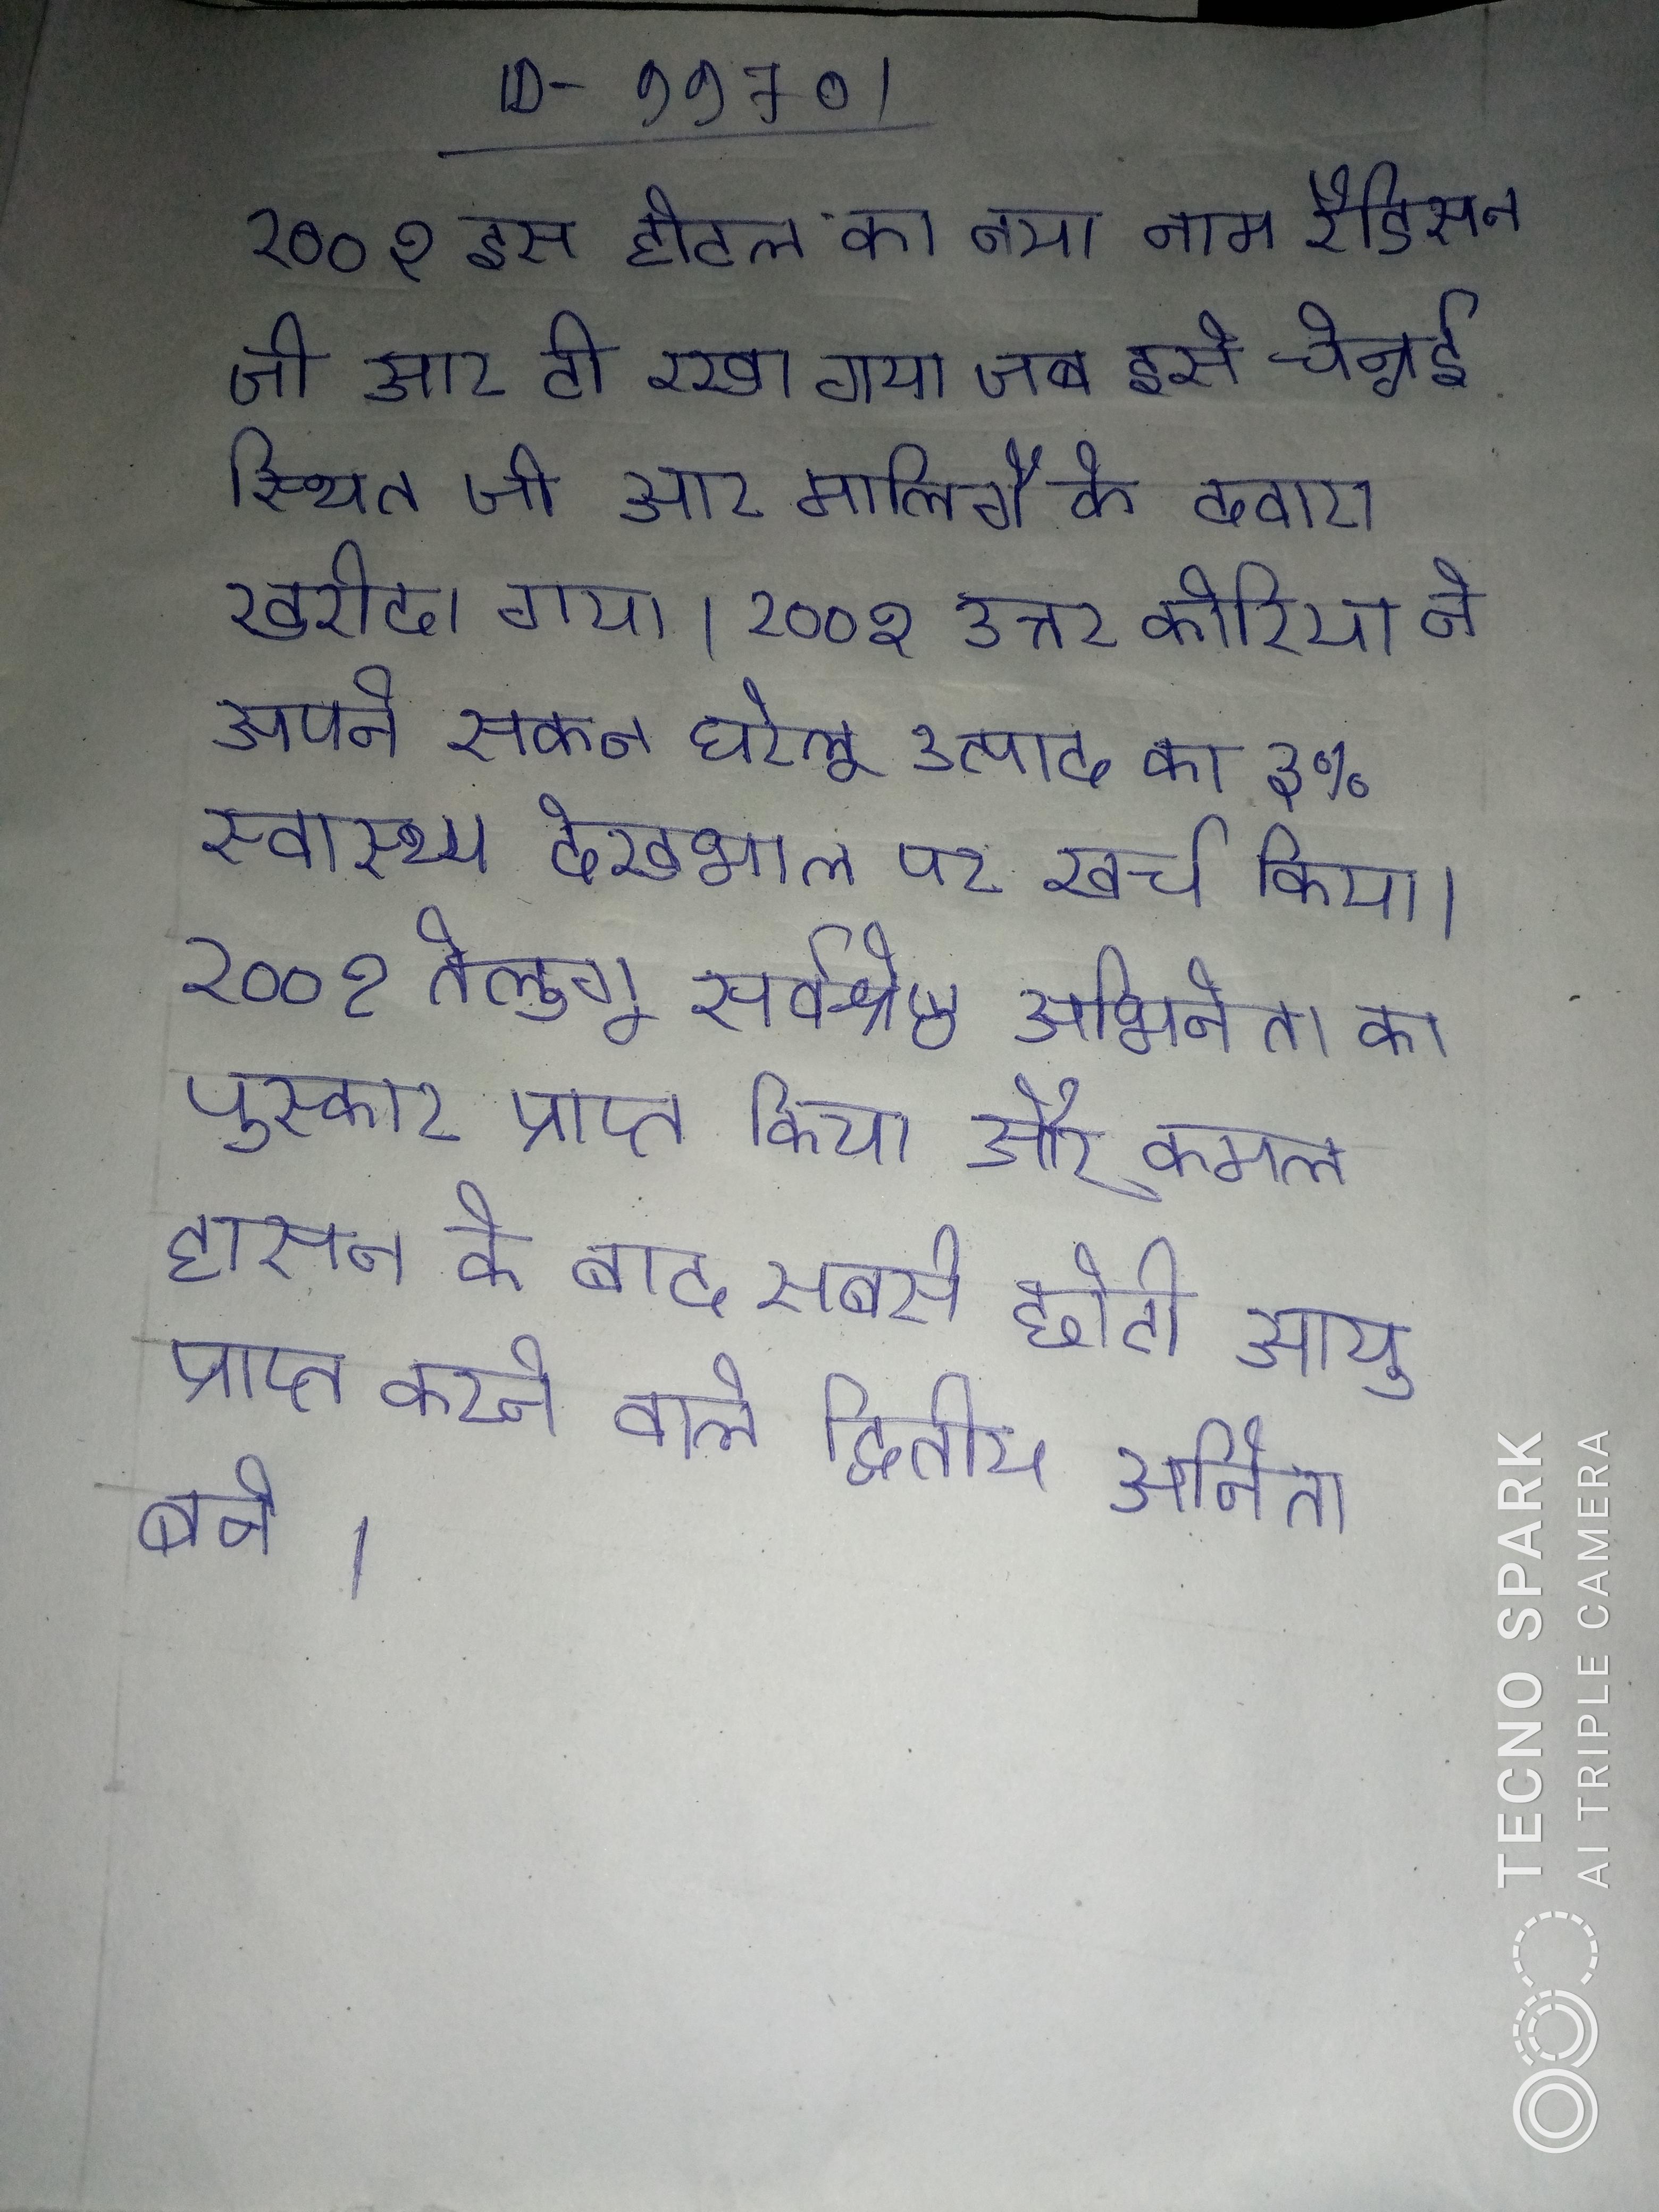
२००१ इस होटल का नया नाम रैडिसन जी आर टी रखा गया जब इसे चेन्नई स्थित जी आर मालिगै के दवारा खरीदा गया । २००१ उत्तर कोरिया ने अपने सकल घरेलू उत्पाद का ३% स्वास्थ्य देखभाल पर खर्च किया । २००१ तेलुगू सर्वश्रेष्ठ अभिनेता का पुरस्कार प्राप्त किया और कमल हासन के बाद सबसे छोटी आयु प्राप्त करने वाले द्वितीय अभिनेता बने ।